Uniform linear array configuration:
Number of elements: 48
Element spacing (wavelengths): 1
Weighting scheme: kaiser
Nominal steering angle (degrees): -15
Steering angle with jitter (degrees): -13.631
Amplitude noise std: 0.05
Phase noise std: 0.05

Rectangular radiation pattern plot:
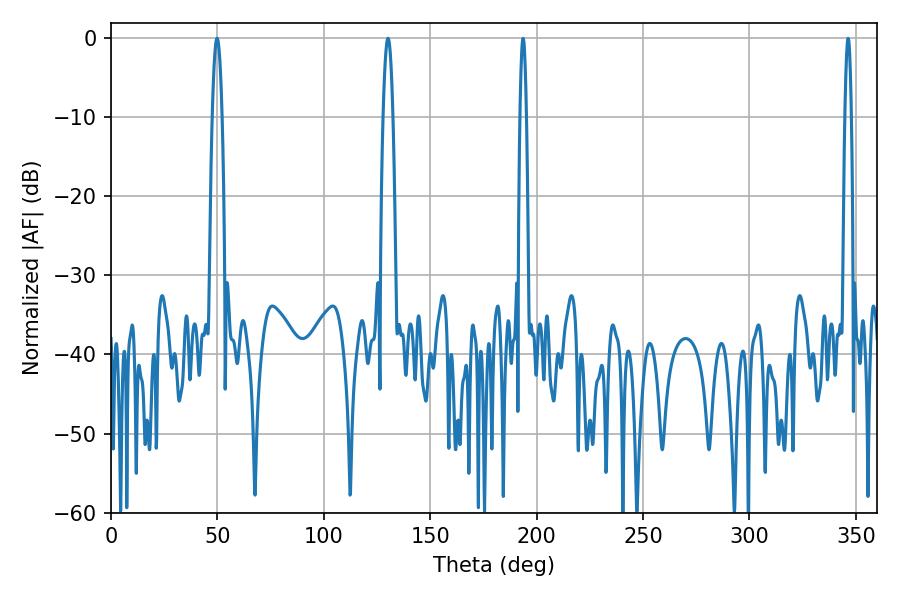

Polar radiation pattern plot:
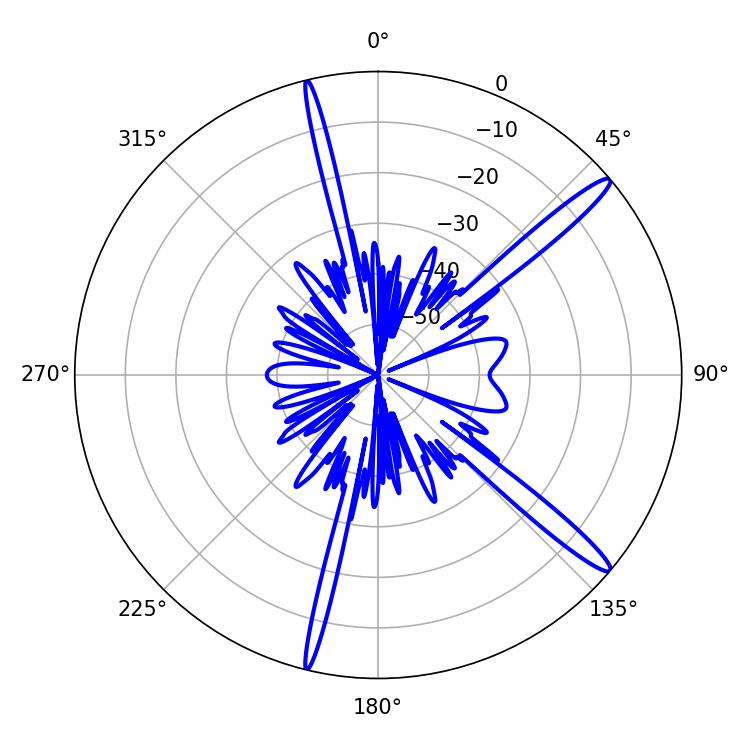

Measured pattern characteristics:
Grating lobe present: TRUE
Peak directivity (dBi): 15.297
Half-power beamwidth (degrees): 2.52
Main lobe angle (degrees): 49.86